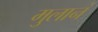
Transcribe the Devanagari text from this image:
मुलानं